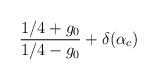
LaTeX: \begin{align*}\frac{1/4+g_0}{1/4-g_0}+\delta(\alpha_c)\end{align*}